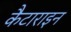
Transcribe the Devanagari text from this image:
कैटाराइन